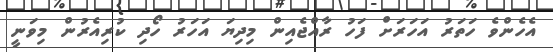
އެހެންވެ ހަތަރު އަހަރަށް ފަހު ރާއްޖެއިން މިދިޔަ އަހަރު ހޯދި ކުރިއެރުން މިވަނީ